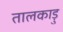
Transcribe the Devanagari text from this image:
तालकाड़ु